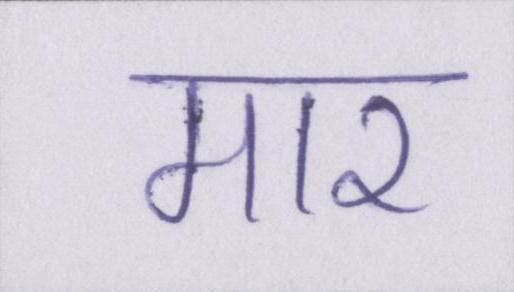
मार